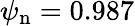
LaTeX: {\psi_{\mathrm{n}}=0.987}